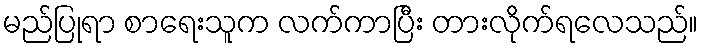
မည်ပြုရာ စာရေးသူက လက်ကာပြီး တားလိုက်ရလေသည်။